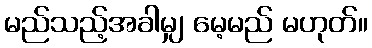
မည်သည့်အခါမျှ မေ့မည် မဟုတ်။